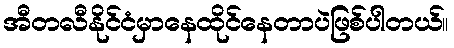
အီတလီနိုင်ငံမှာနေထိုင်နေတာပဲဖြစ်ပါတယ်။